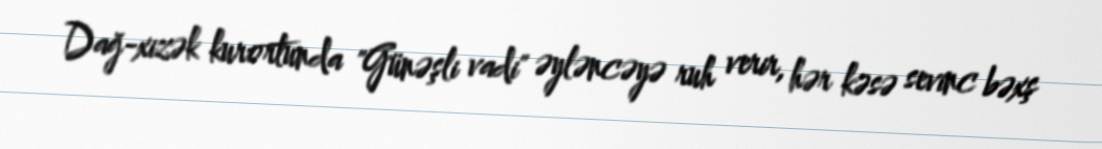
Dağ-xizək kurortunda "Günəşli vadi" əyləncəyə ruh verir, hər kəsə sevinc bəxş